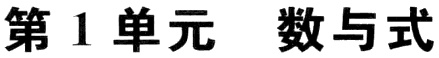
第1单元 数与式